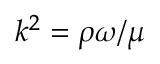
k ^ { 2 } = \rho \omega / \mu